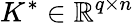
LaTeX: K^{*}\in\mathbb{R}^{q\times n}